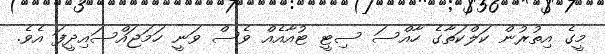
މީގެ އިތުރުން ކަލްކަތާގެ ހާއްސަ ސިޓީ ޓުއާއެއް ވެސް ވަނީ ހަމަޖައްސައިދީފަ އެވެ.